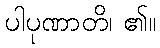
ပါပုဏာတိ၊ ၏။